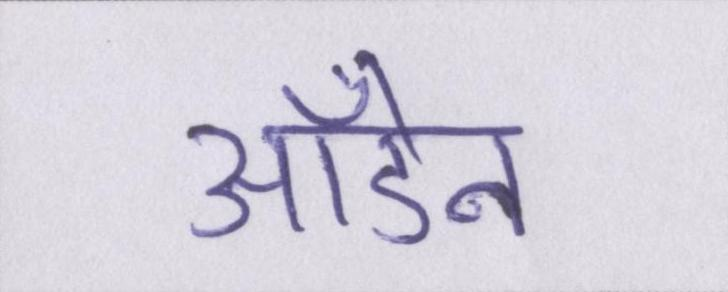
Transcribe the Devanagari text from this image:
ऑडेन